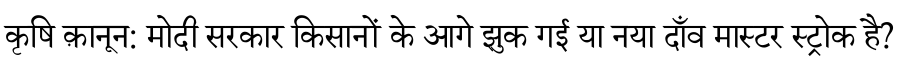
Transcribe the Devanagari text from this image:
कृषि क़ानून: मोदी सरकार किसानों के आगे झुक गई या नया दाँव मास्टर स्ट्रोक है?